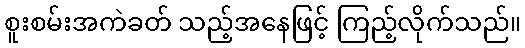
စူးစမ်းအကဲခတ် သည့်အနေဖြင့် ကြည့်လိုက်သည်။